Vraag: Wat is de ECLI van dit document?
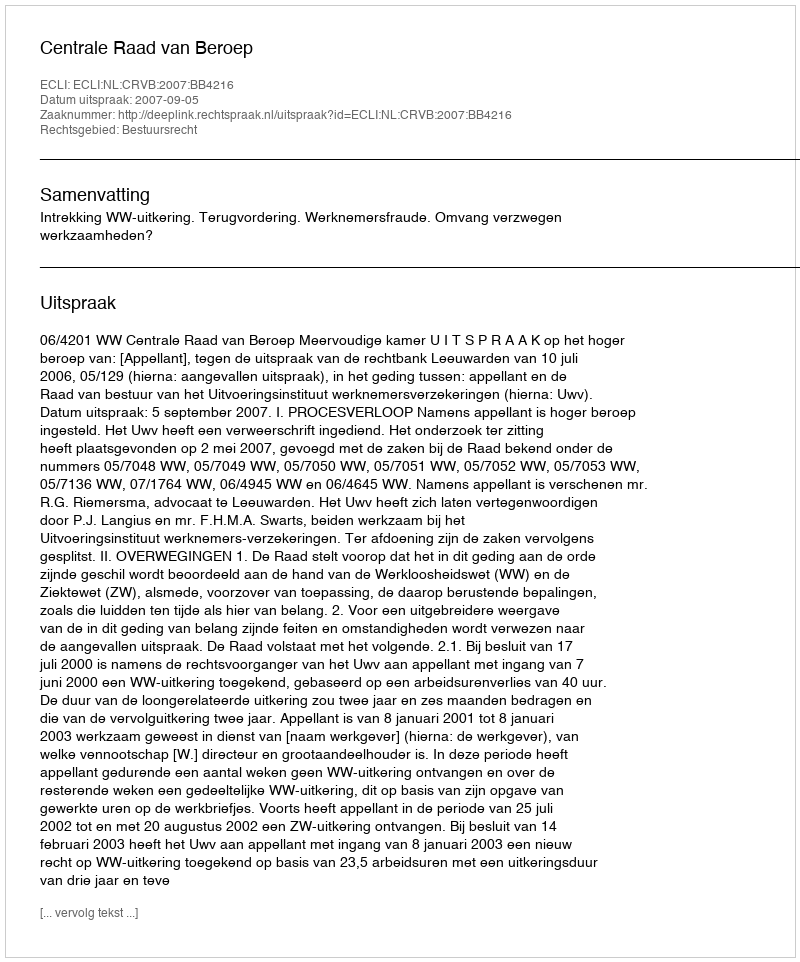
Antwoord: ECLI:NL:CRVB:2007:BB4216